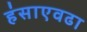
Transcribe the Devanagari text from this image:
हंसाएवढा